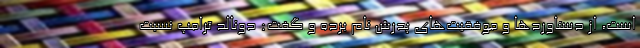
است، از دستاوردها و موفقیت‌های پدرش نام برده و گفت: دونالد ترامپ نسبت